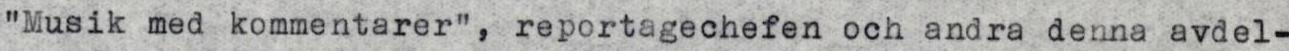
"Musik med kommentarer", reportagechefen och andra denna avdel-